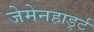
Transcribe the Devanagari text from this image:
जेमेनहार्ड्ट